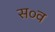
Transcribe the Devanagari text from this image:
स०व